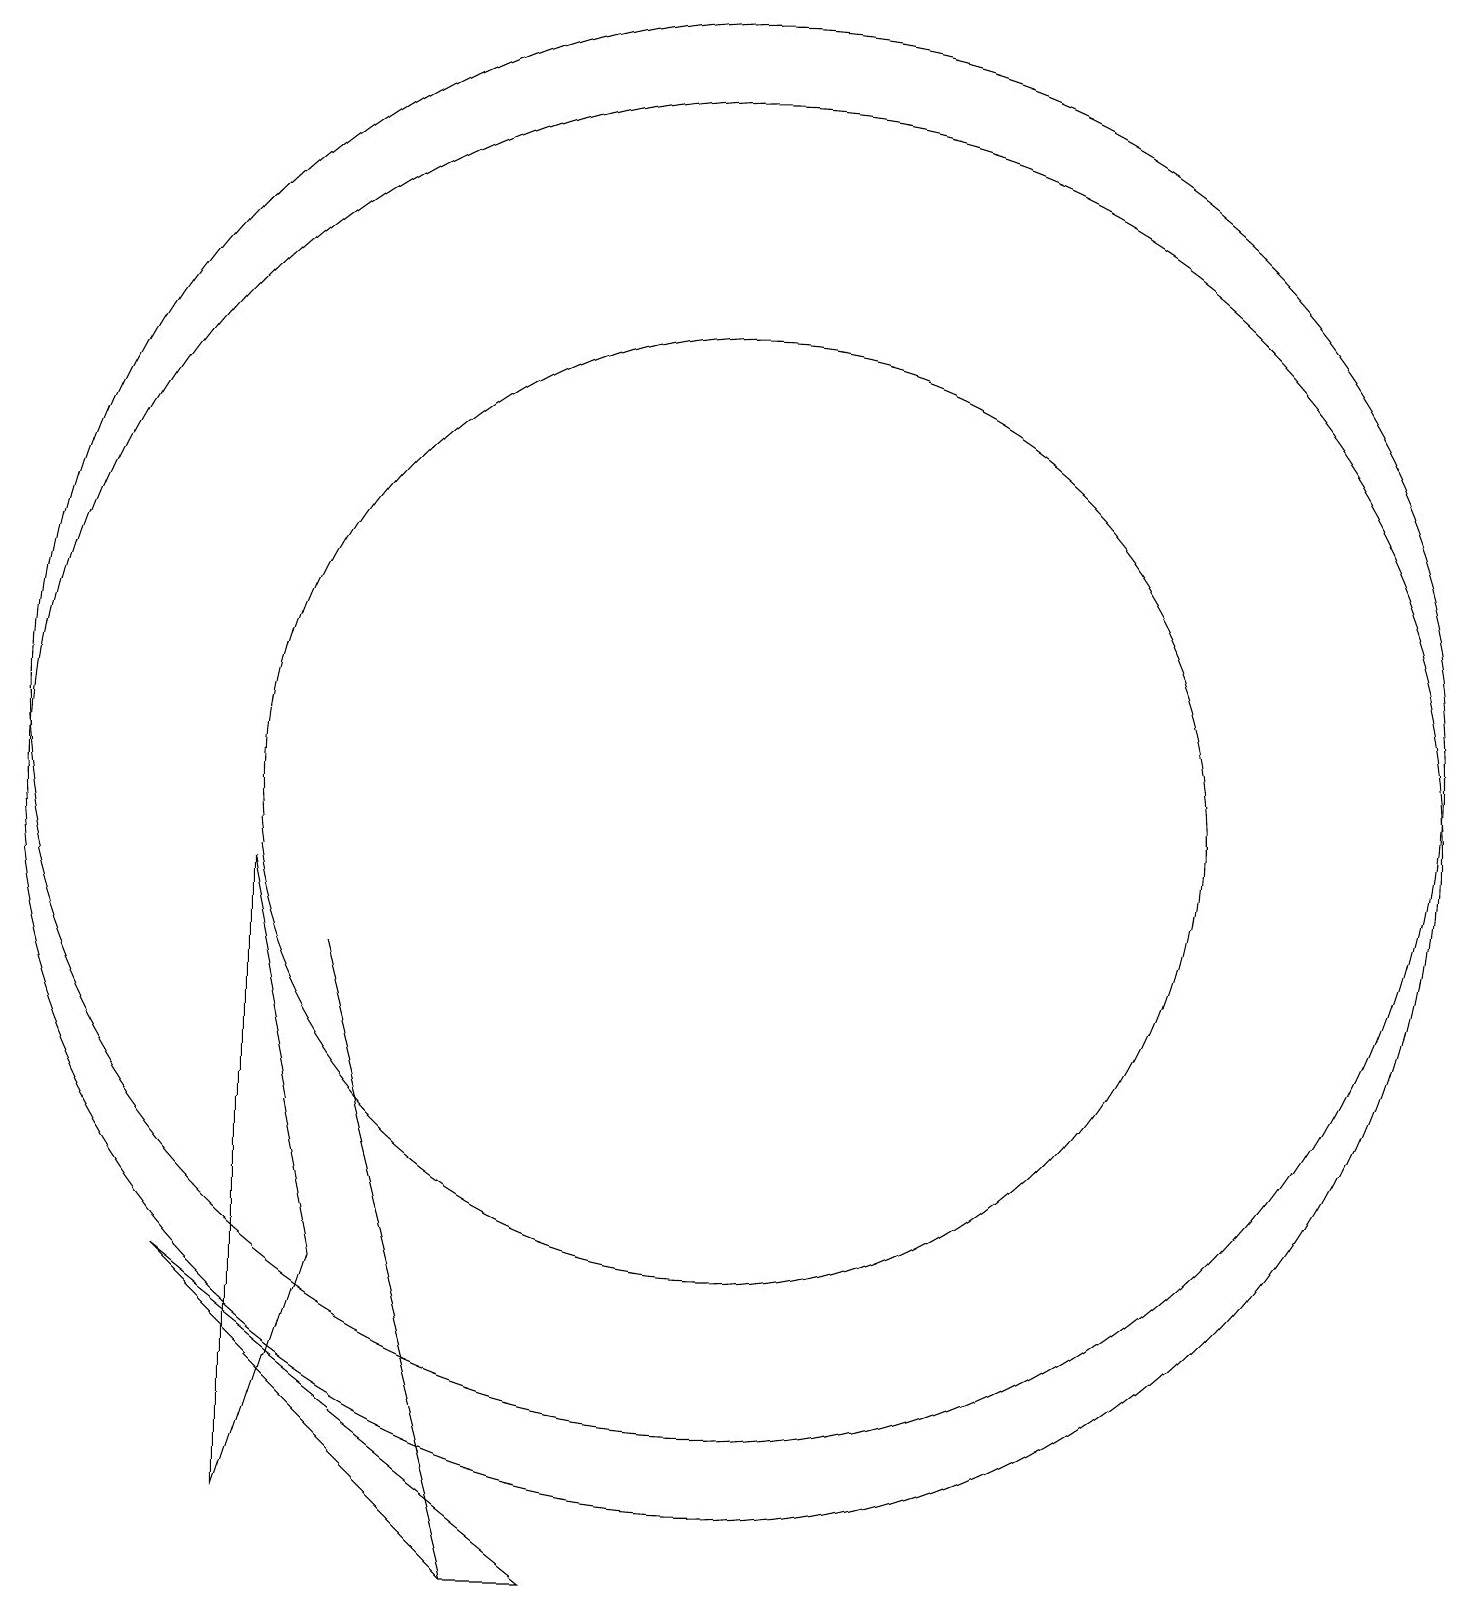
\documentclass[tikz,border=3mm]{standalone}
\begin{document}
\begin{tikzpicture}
\draw (8,0) -- (4,4) -- (9,0) -- cycle;
\draw (5,1) -- (6,4) -- (5,9) -- cycle;
\draw (11,11) circle (9);
\draw (6,8) -- (8,0) -- (6,8) -- cycle;
\draw (11,10) circle (6);
\draw (11,10) circle (9);
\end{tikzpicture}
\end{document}